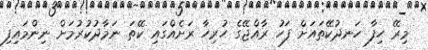
މިރޭ ހިފާ ހަނދުކޭތައަށް ފަހު ރާއްޖޭގެ ހުރިހާ ރަށެއްގައި ކޭތަ ނަމާދުކުރުމަށް ނިންމައިފި